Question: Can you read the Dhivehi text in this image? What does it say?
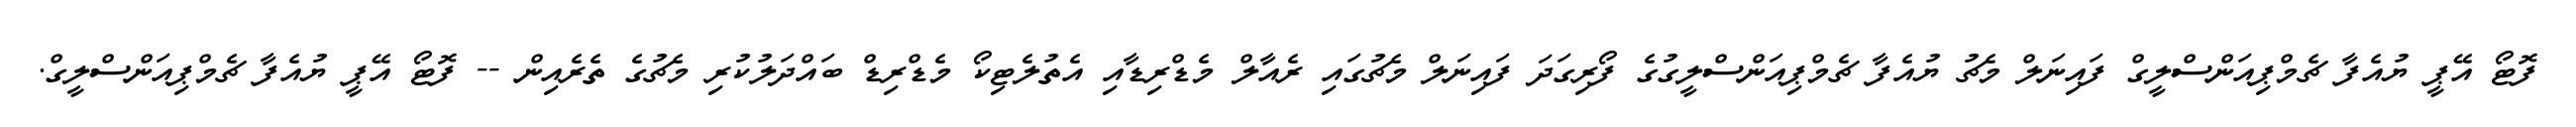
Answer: ފޮޓޯ އޭޕީ ޔުއެފާ ޗެމްޕިއަންސްލީގް ފައިނަލް މެޗު ޔުއެފާ ޗެމްޕިއަންސްލީގުގެ ފޯރިގަދަ ފައިނަލް މެޗުގައި ރެއާލް މެޑްރިޑާއި އެތުލެޓިކޯ މެޑްރިޑް ބައްދަލުކުރި މެޗުގެ ތެރެއިން -- ފޮޓޯ އޭޕީ ޔުއެފާ ޗެމްޕިއަންސްލީގް.